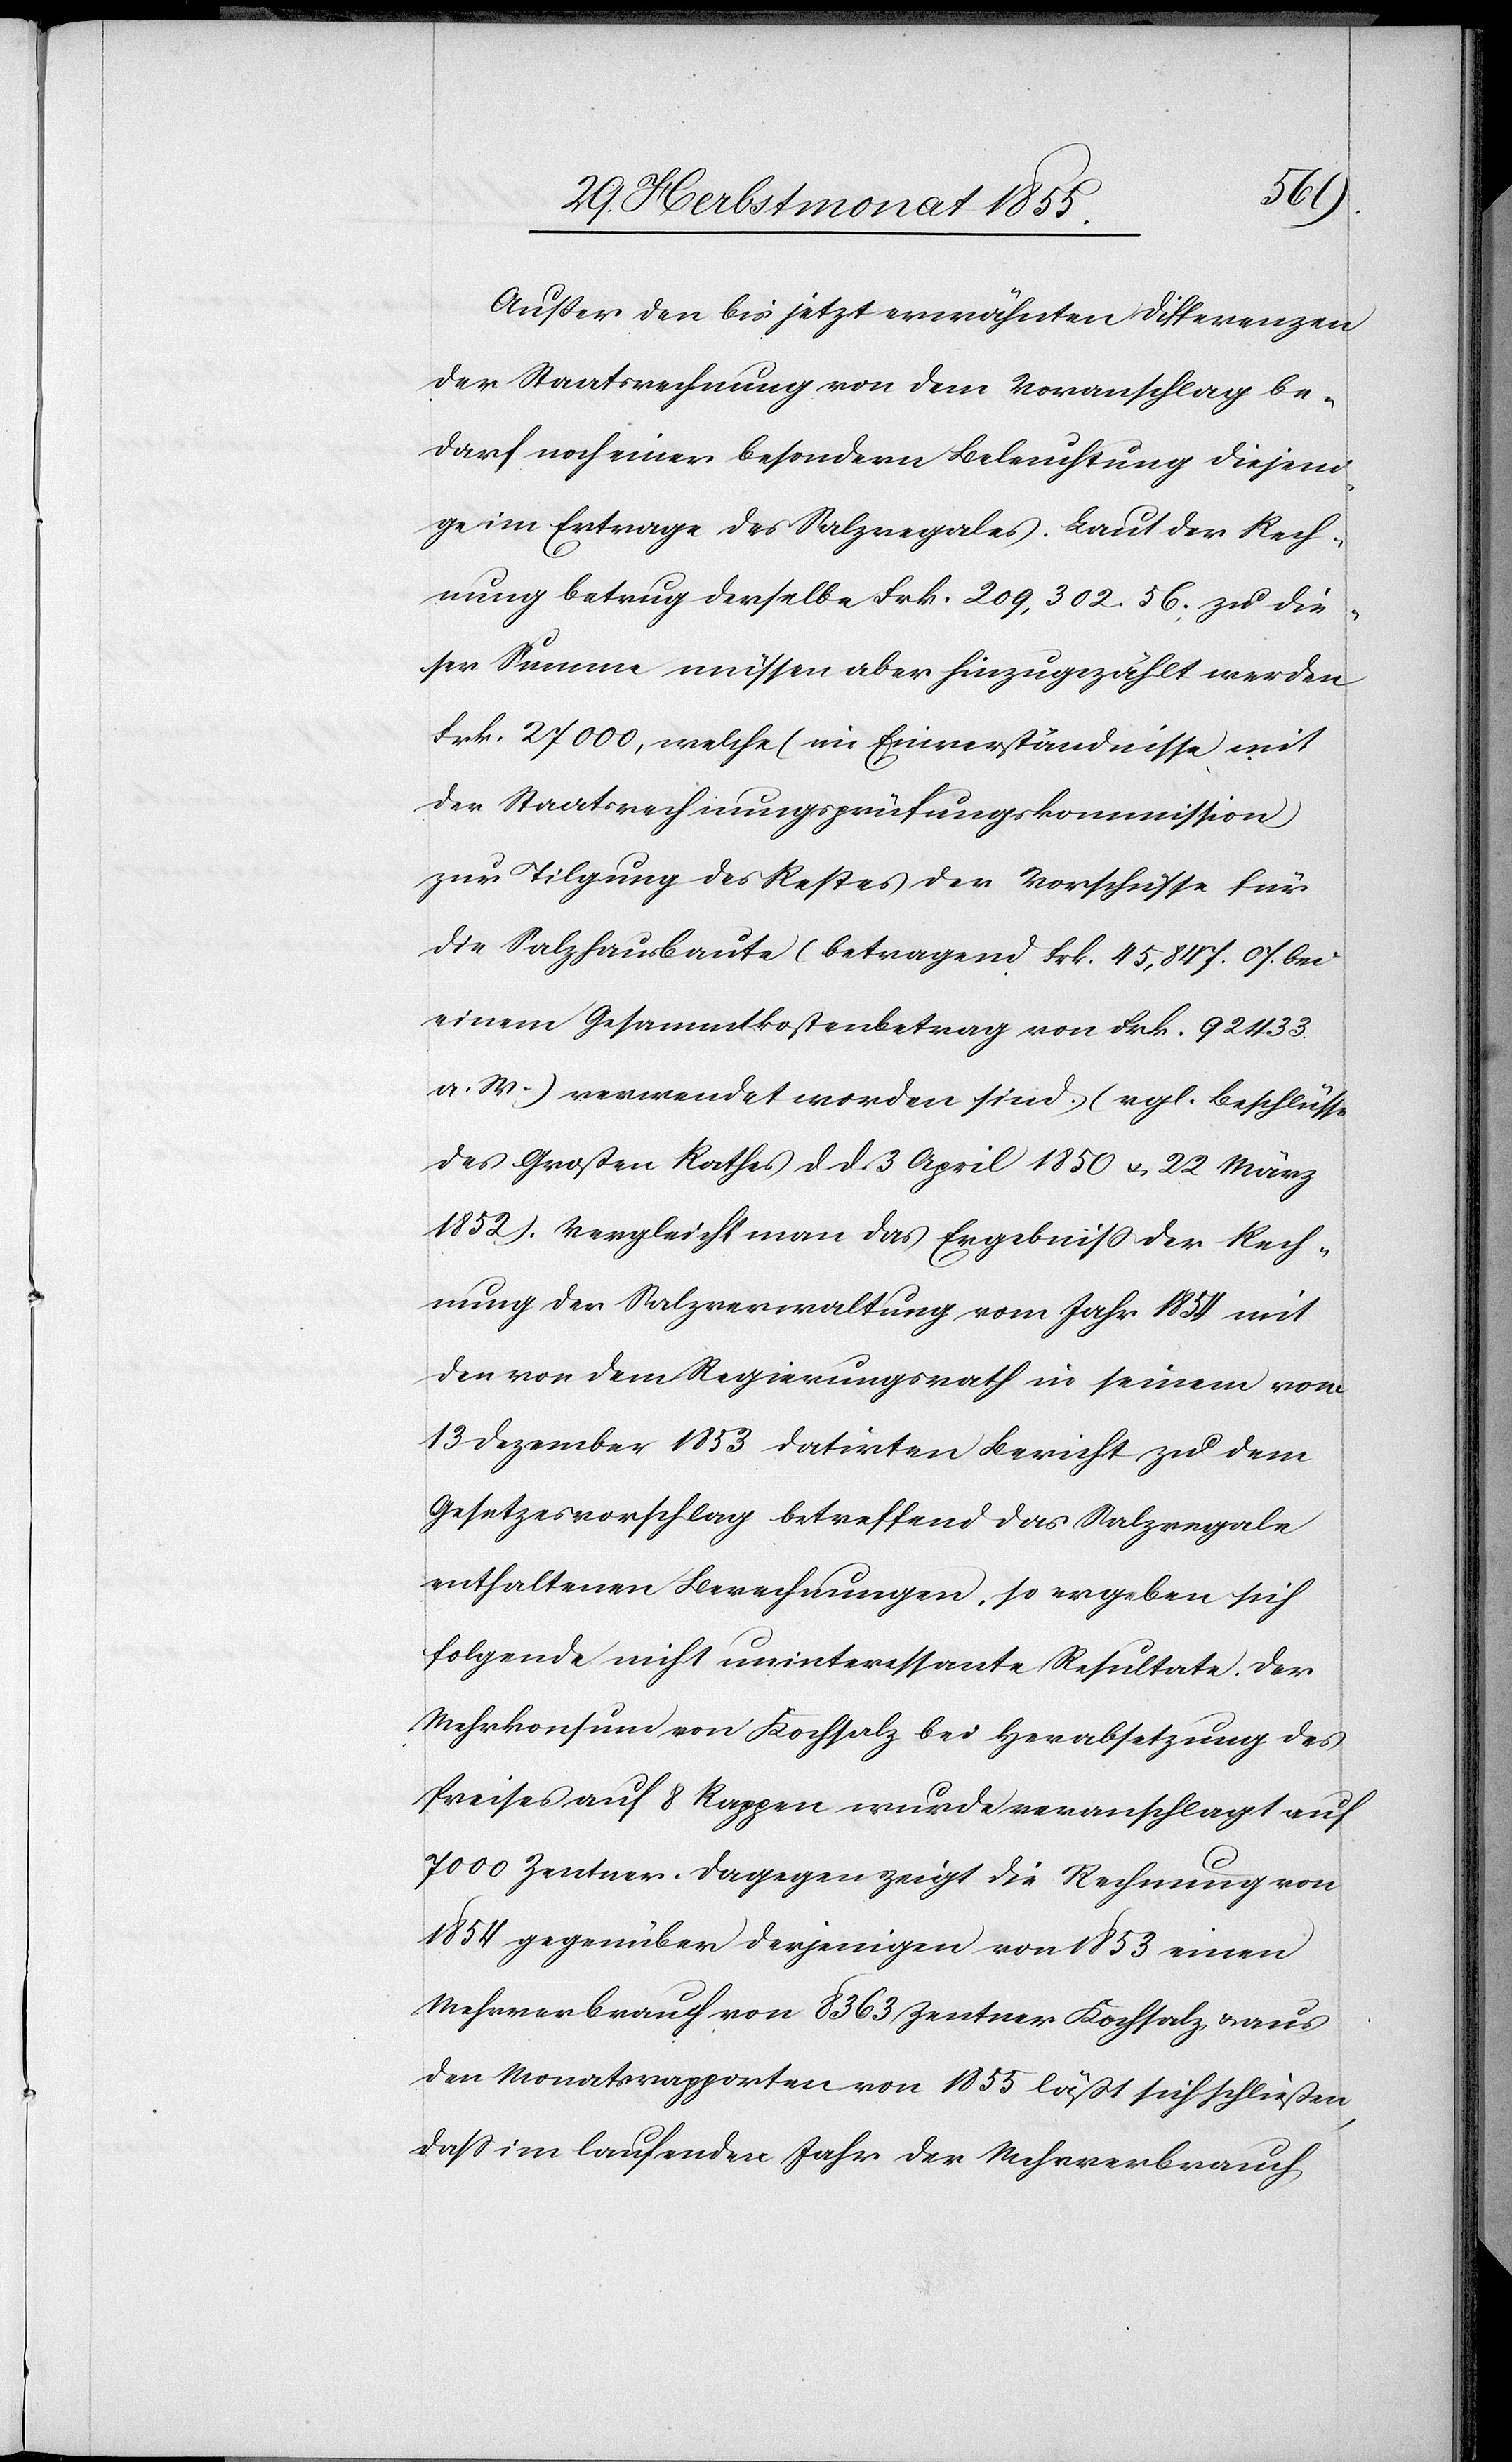
Außer den bis jetzt erwähnten Differenzen
der Staatsrechnung von dem Voranschlag be¬
darf noch einer besondern Beleuchtung diejeni¬
ge im Ertrage des Salzregales. Laut der Rech¬
nung betrug derselbe Frk. 209,302. 56; zu die¬
ser Summe müssen aber hinzugezählt werden
Frk. 27 000, welche (im Einverständnisse mit
der Staatsrechnungsprüfungskommission)
zur Tilgung des Restes der Vorschüsse für
die Salzhausbaute (betragend Frk. 45,847. 07. bei
einem Gesammtkostenbetrag von Frk. 92 433.
a. W.) verwendet worden sind. (vgl. Beschlüsse
des Großen Rathes d. d. 3 April 1850 & 22 März
1852). Vergleicht man das Ergebniss der Rech¬
nung der Salzverwaltung vom Jahr 1854 mit
den von dem Regierungsrath in seinem vom
13 Dezember 1853 datirten Bericht zu dem
Gesetzesvorschlag betreffend das Salzregale
enthaltenen Berechnungen, so ergeben sich
folgende nicht uninteressante Resultate. Der
Mehrkonsum von Kochsalz bei Herabsetzung des
Preises auf 8 Rappen wurde veranschlagt auf
7000 Zentner. Dagegen zeigt die Rechnung von
1854 gegenüber derjenigen von 1853 einen
Mehrverbrauch von 8363 Zentner Kochsalz, & aus
den Monatsrapporten von 1855 läßt sich schließen,
dass im laufenden Jahr der Mehrverbrauch